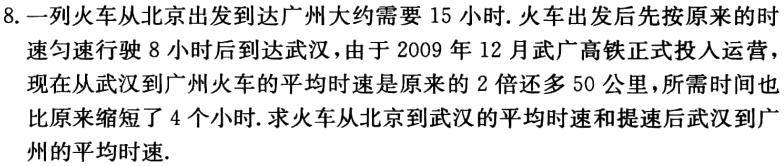
8. 一列火车从北京出发到达广州大约需要 15 小时. 火车出发后先按原来的时速匀速行驶 8 小时后到达武汉，由于 2009 年 12 月武广高铁正式投入运营，现在从武汉到广州火车的平均时速是原来的 2 倍还多 50 公里，所需时间也比原来缩短了 4 个小时. 求火车从北京到武汉的平均时速和提速后武汉到广州的平均时速.